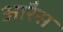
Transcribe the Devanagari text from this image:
आरैस